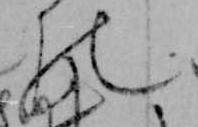
の